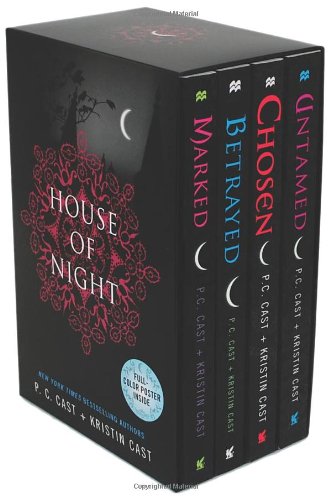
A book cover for House of Night, Books 1-4 (Marked / Betrayed / Chosen / Untamed); P. C. Cast; Teen & Young Adult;